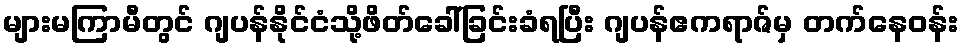
များမကြာမီတွင် ဂျပန်နိုင်ငံသို့ဖိတ်ခေါ်ခြင်းခံရပြီး ဂျပန်ဧကရာဇ်မှ တက်နေဝန်း